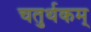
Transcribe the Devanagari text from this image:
चतुर्थकम्